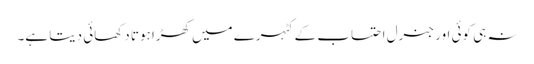
نہ ہی کوئی اور جنرل احتساب کے کٹہرے میں کھڑا ہوتا دکھائی دیتا ہے۔